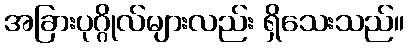
အခြားပုဂ္ဂိုလ်များလည်း ရှိသေးသည်။